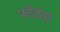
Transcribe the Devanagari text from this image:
फोडना